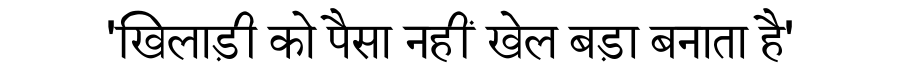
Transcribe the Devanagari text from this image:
'खिलाड़ी को पैसा नहीं खेल बड़ा बनाता है'